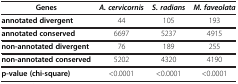
<table><thead><tr><td><b>Genes</b></td><td><b><i>A. cervicornis</i></b></td><td><b><i>S. radians</i></b></td><td><b><i>M. faveolata</i></b></td></tr></thead><tbody><tr><td><b>annotated divergent</b></td><td>44</td><td>105</td><td>193</td></tr><tr><td><b>annotated conserved</b></td><td>6697</td><td>5237</td><td>4915</td></tr><tr><td><b>non-annotated divergent</b></td><td>76</td><td>189</td><td>255</td></tr><tr><td><b>non-annotated conserved</b></td><td>5202</td><td>4320</td><td>4190</td></tr><tr><td><b>p-value (chi-square)</b></td><td>&lt;0.0001</td><td>&lt;0.0001</td><td>&lt;0.0001</td></tr></tbody></table>